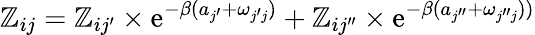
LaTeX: \mathbb{Z}_{ij}=\mathbb{Z}_{i{j^{\prime}}}\times\textrm{{e}}^{-\beta(a_{j^{\prime}}+\omega_{{j^{\prime}}j})}+\mathbb{Z}_{i{j^{\prime\prime}}}\times\textrm{{e}}^{-\beta(a_{j^{\prime\prime}}+\omega_{{j^{\prime\prime}}j}))}